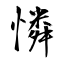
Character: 憐